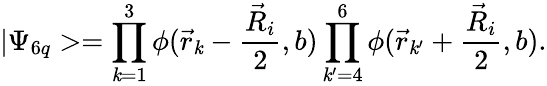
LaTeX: |\Psi_{6q}>=\prod_{\mathit{k}=1}^{3}\phi(\vec{{r}}_{\mathit{k}}-\frac{{\vec{{R}}_{i}}}{{2}},b)\prod_{\mathit{k}^{\prime}=4}^{6}\phi(\vec{{r}}_{\mathit{k}^{\prime}}+\frac{{\vec{{R}}_{i}}}{{2}},b).